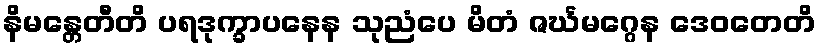
နိမန္တေတီတိ ပရဒုက္ခာပနေန သုညံပေ မိတံ ဇင်္ဃမဂ္ဂေန ဒေဝတေတိ